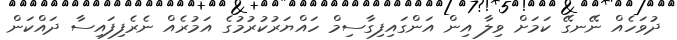
ދުވަހެއް ނޭނގޭ ކަމަށް ވިލާ އިން އަންގައިފިގާސިމް ހައްޔަރުކުރުމުގެ އަމުރެއް ނެރެފިފައިސާ ދައްކަން